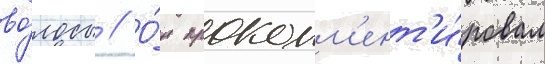
во́лосы // О́н прокомм'ент'и́ровал